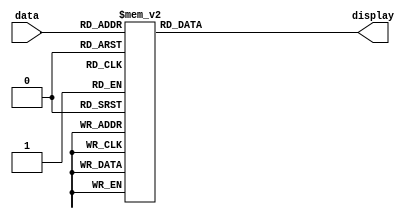
module decoder (
  input [3:0] data,
  output reg [0:6] display
);

  always @(*)
    case(data)
      00: display = 7'b0000001;
      01: display = 7'b1001111;
      02: display = 7'b0010010;
      03: display = 7'b0000110;
      04: display = 7'b1001100;
      05: display = 7'b0100100;
      06: display = 7'b0100000;
      07: display = 7'b0001111;
      08: display = 7'b0000000;
      09: display = 7'b0001100;
      10: display = 7'b0001000;      // A
      11: display = 7'b1100000;      // b
      12: display = 7'b0110001;      // C
      13: display = 7'b1000010;      // d
      14: display = 7'b0110000;      // E
      15: display = 7'b0111000;      // F
    endcase

endmodule